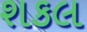
શકલ